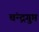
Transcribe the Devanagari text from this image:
चंन्द्रगुप्त